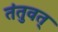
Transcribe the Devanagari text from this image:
तंतुवत्